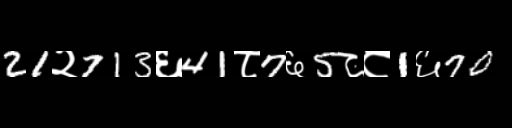
Text: 21२713६41८7६5८८1६70